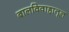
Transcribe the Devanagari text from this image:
बालविवाहातून